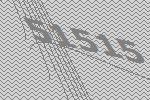
51515